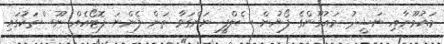
މައުމޫނާއި ނަޝީދު މައުމޫންގެ ފޯނުން ސެލްފީ ނަންގަވާ ތަން ފެންނަ ފޮޓޯއެއް ނޫސްތަކުގައި